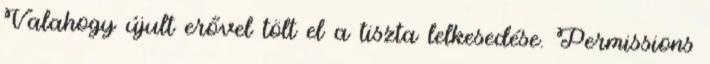
Valahogy újult erővel tölt el a tiszta lelkesedése. Permissions